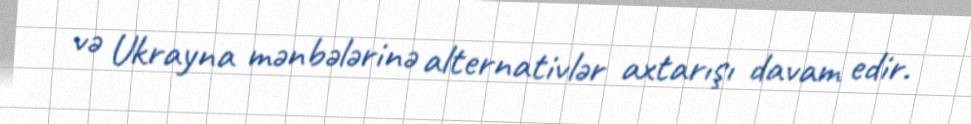
və Ukrayna mənbələrinə alternativlər axtarışı davam edir.